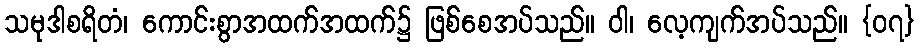
သမုဒါစရိတံ၊ ကောင်းစွာအထက်အထက်၌ ဖြစ်စေအပ်သည်။ ဝါ၊ လေ့ကျက်အပ်သည်။ {၀၇}